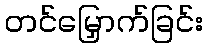
တင်မြှောက်ခြင်း